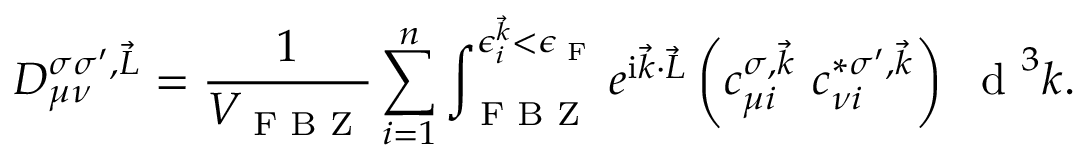
D _ { \mu \nu } ^ { \sigma \sigma ^ { \prime } , \vec { L } } = \frac { 1 } { V _ { \textrm { F B Z } } } \sum _ { i = 1 } ^ { n } \int _ { \textrm { F B Z } } ^ { \epsilon _ { i } ^ { \vec { k } } < \epsilon _ { \textrm { F } } } e ^ { \mathrm { i } \vec { k } \cdot \vec { L } } \left( c _ { \mu i } ^ { \sigma , \vec { k } } ~ c _ { \nu i } ^ { * \sigma ^ { \prime } , \vec { k } } \right) ~ \textrm { d } ^ { 3 } k .